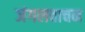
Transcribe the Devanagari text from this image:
जंगलवाचन